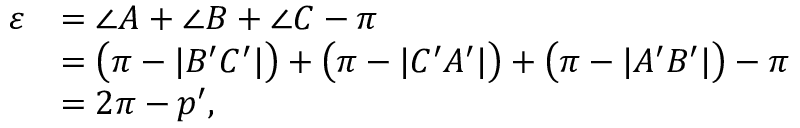
{ \begin{array} { r l } { \varepsilon } & { = \angle A + \angle B + \angle C - \pi } \\ & { = { \bigl ( } \pi - | B ^ { \prime } C ^ { \prime } | { \bigr ) } + { \bigl ( } \pi - | C ^ { \prime } A ^ { \prime } | { \bigr ) } + { \bigl ( } \pi - | A ^ { \prime } B ^ { \prime } | { \bigr ) } - \pi } \\ & { = 2 \pi - p ^ { \prime } , } \end{array} }